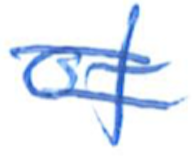
Text: of
Cross-out: mix
Writing tool: ballpoint